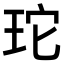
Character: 𭹂